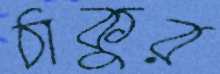
ঠাকুর